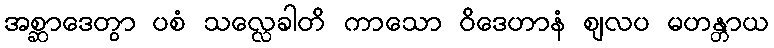
အစ္ဆာဒေတွာ ပစံ သလ္လေခါတိ ကာသော ဝိဒေဟာနံ ဈလပ မဟန္တာယ